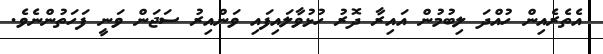
އެތެރެއިން ހުއްދަ ލިބުމުން އައިރާ ދޮރު ހުޅުވާލައިފައި ވަންއިރު ސަޖަން ވަނީ ފަހަތުންނެވެ.